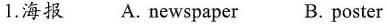
1.海报 A. newspaper B. poster